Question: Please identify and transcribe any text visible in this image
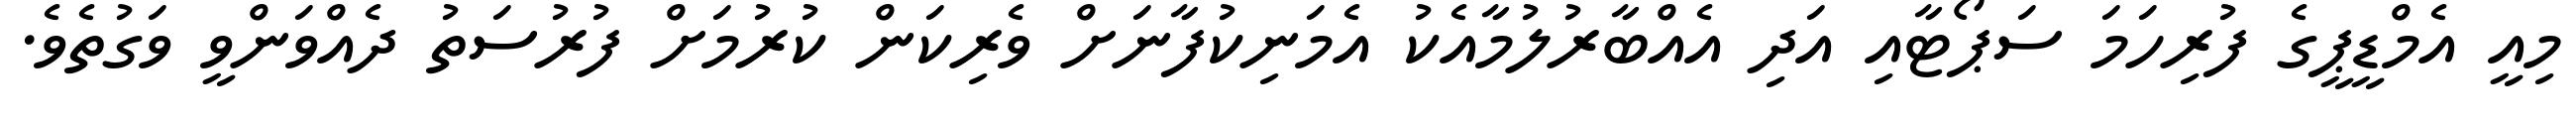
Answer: މިއީ އެމްޑީޕީގެ ފުރިހަމަ ސަޕޯޓާއި އަދި އެއްބާރުލުމާއެކު އެމަނިކުފާނަށް ވެރިކަން ކުރުމަށް ފުރުސަތު ދެއްވަންވީ ވަގުތެވެ.